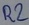
Text: R2